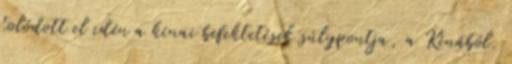
tolódott el idén a kínai befektetések súlypontja, a Kínából.